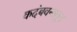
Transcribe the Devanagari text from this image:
कदंबवनातून